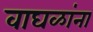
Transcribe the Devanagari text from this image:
वाघळांना